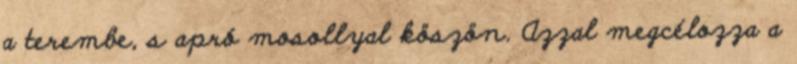
a terembe, s apró mosollyal köszön. Azzal megcélozza a